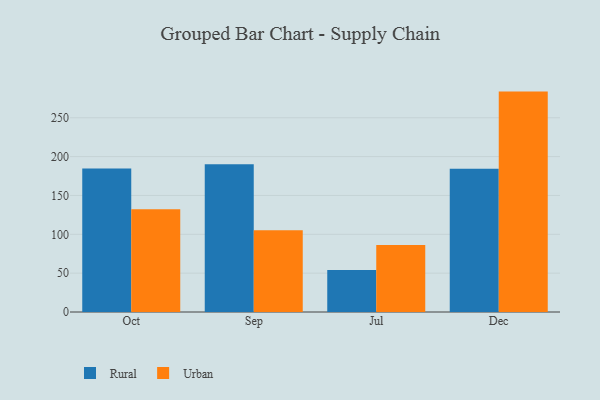
{"axis": {"x": "Month", "y": "Net Income (USD K)"}, "legend": ["Rural", "Urban"], "data": [{"x": "Oct", "y": 184.7, "type": "Rural"}, {"x": "Oct", "y": 132.4, "type": "Urban"}, {"x": "Sep", "y": 190.3, "type": "Rural"}, {"x": "Sep", "y": 105.2, "type": "Urban"}, {"x": "Jul", "y": 54.1, "type": "Rural"}, {"x": "Jul", "y": 86.3, "type": "Urban"}, {"x": "Dec", "y": 184.5, "type": "Rural"}, {"x": "Dec", "y": 283.7, "type": "Urban"}]}